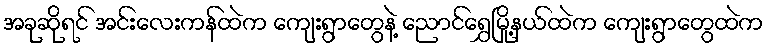
အခုဆိုရင် အင်းလေးကန်ထဲက ကျေးရွာတွေနဲ့ ညောင်ရွှေမြို့နယ်ထဲက ကျေးရွာတွေထဲက